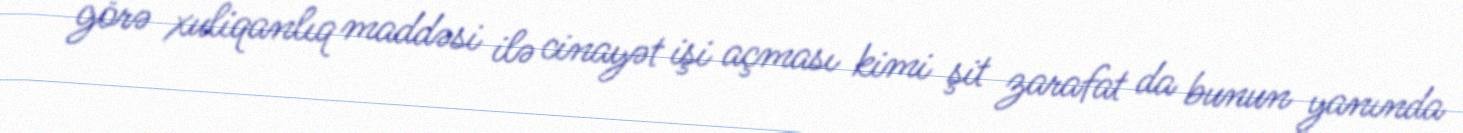
görə xuliqanlıq maddəsi ilə cinayət işi açması kimi şit zarafat da bunun yanında